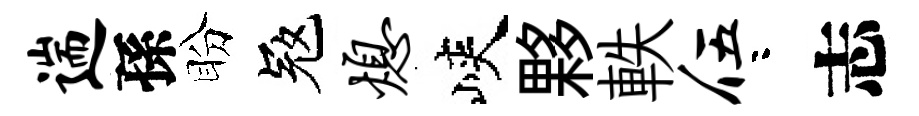
遄孫盼冦熄峽夥軼伍咯志